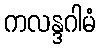
ကလန္ဒဂါမံ